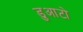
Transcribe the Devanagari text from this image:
डुआटो